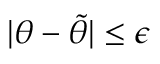
| \theta - \widetilde { \theta } | \leq \epsilon